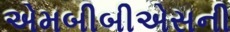
એમબીબીએસની